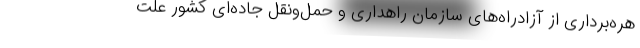
هره‌برداری از آزادراه‌های سازمان راهداری و حمل‌ونقل جاده‌ای کشور علت